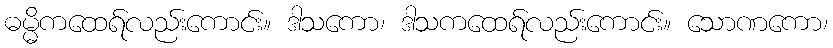
ဓမ္မိကထေရ်လည်းကောင်း။ ဒါသကော၊ ဒါသကထေရ်လည်းကောင်း။ သောဏကော၊